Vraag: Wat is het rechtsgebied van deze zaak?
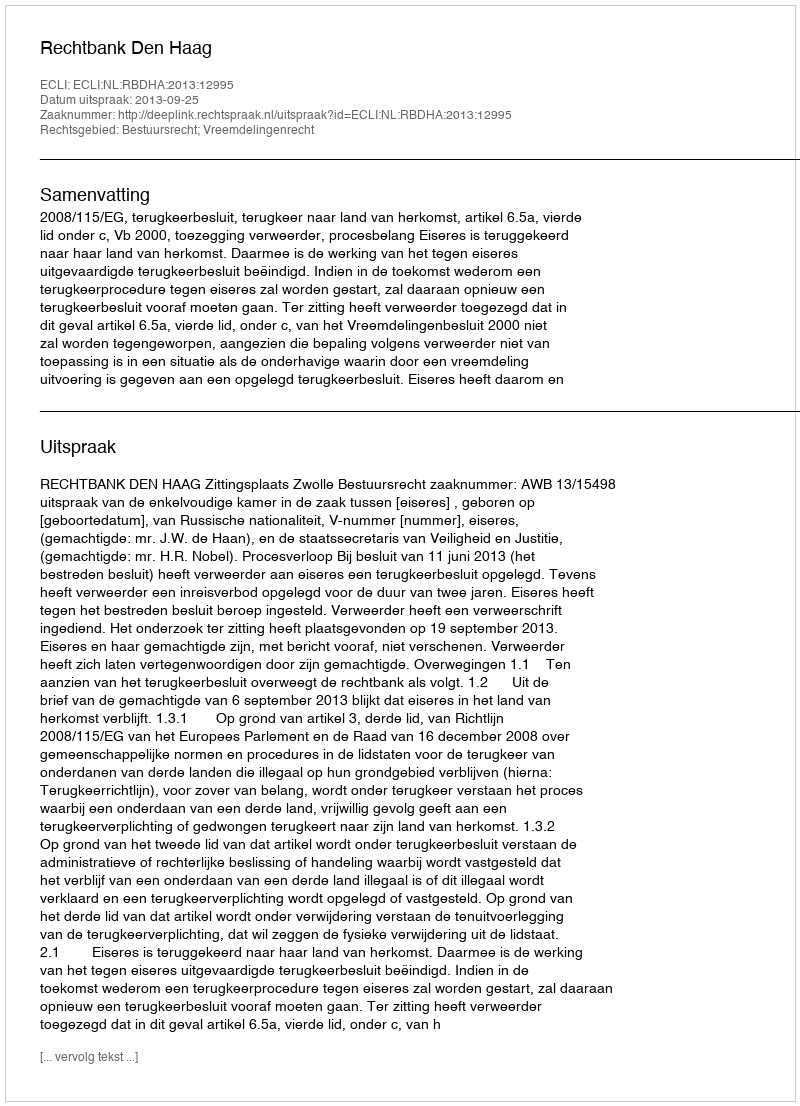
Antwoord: Bestuursrecht; Vreemdelingenrecht